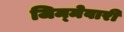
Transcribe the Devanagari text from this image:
जिम्‍मेवारी